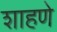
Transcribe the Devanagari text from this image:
शाहणे